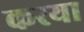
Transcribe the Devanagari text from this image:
करया